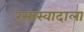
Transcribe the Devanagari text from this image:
रसास्वादाला